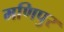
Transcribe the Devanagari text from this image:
मणिपुर